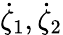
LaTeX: \dot{\mathbf{\zeta}}_{1},\dot{\mathbf{\zeta}}_{2}